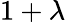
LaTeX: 1+\lambda